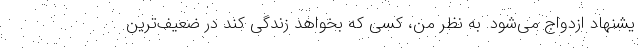
یشنهاد ازدواج می‌شود. به نظر من، کسی که بخواهد زندگی کند در ضعیف‌ترین